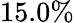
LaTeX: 15.0\%